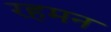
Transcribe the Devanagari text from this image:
रहमन